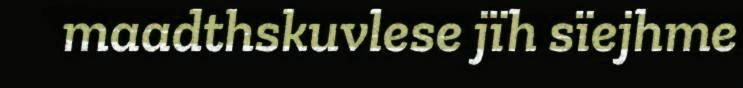
maadthskuvlese jïh sïejhme